Annual statistical returns and brief notes on vaccination in Bengal - 1909-1929
Year: 1909
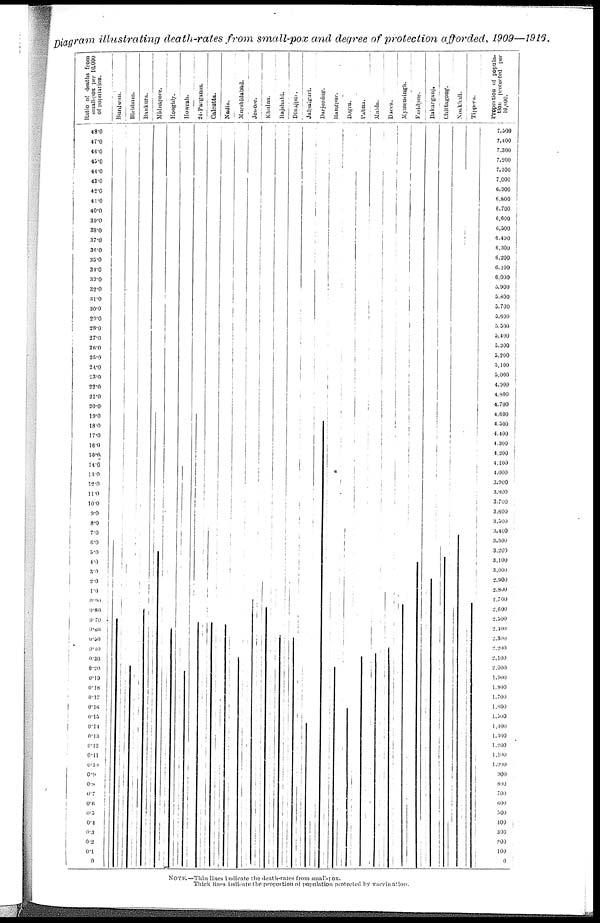
Diagram illustrating death-rates from small-pox and degree of protection afforded, 1909—1916.
NOTE.—Thin lines Indicate the death-rates from small-pox.
Thick lines indicate the proportion of population protected by vaccination.